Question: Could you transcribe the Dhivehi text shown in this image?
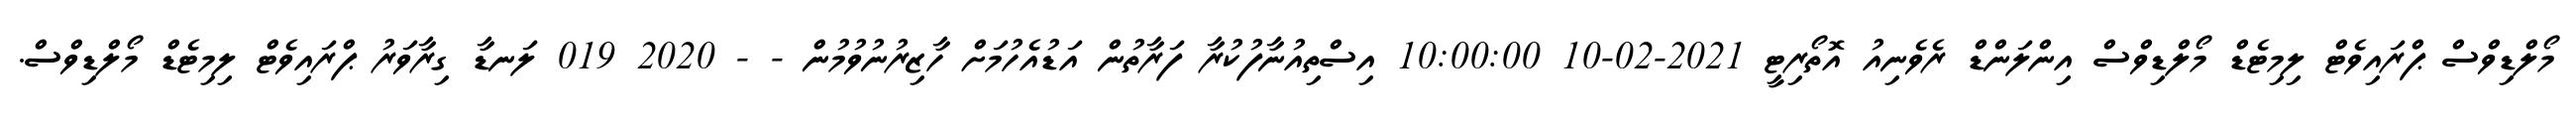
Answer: މޯލްޑިވްސް ޕްރައިވެޓް ލިމިޓެޑް މޯލްޑިވްސް އިންލަންޑް ރެވެނިއު އޮތޯރިޓީ 2021-02-10 10:00:00 އިސްތިއުނާފުކުރާ ފަރާތުން އަޑުއެހުމަށް ހާޒިރުނުވުމުން - - 2020 019 ލަނޑާ ގިރާވަރު ޕްރައިވެޓް ލިމިޓެޑް މޯލްޑިވްސް.